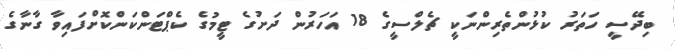
ބިދޭސީ ހަތަރު ކުޅުންތެރިންނަކީ ޗެލްސީގެ 18 އަހަރުން ދަށުގެ ޓީމުގެ ކެޕްޓަންކަންކޮށްފައިވާ ގާނާގެ